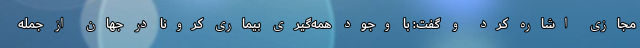
مجازی اشاره کرد و گفت: با وجود همه‌گیری بیماری کرونا در جهان از جمله